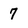
Character: 7